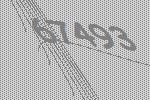
67493